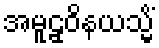
အမူဠှဝိနယသ္မိံ